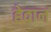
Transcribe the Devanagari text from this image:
हेवान